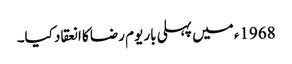
1968ء میں پہلی بار یوم رضا کا انعقاد کیا۔